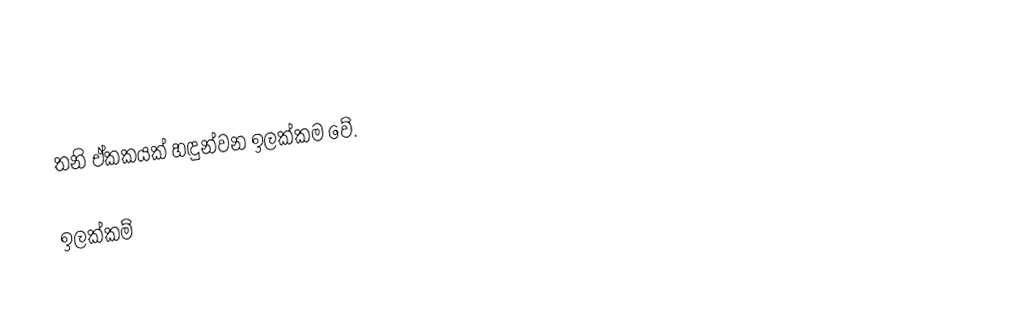
තනි ඒකකයක් හඳුන්වන ඉලක්කම වේ.

ඉලක්කම්